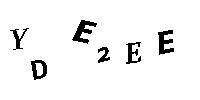
YDE2EE